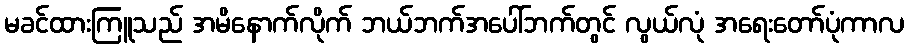
မခင်ထားကြူသည် အမိနောက်လိုက် ဘယ်ဘက်အပေါ်ဘက်တွင် လွယ်လုံ အရေးတော်ပုံကာလ